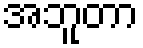
အဘူတာ